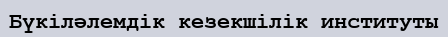
Бүкіләлемдік кезекшілік институты